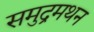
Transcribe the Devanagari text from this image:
समुद्रमथन